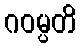
ဂဝမ္ပတိ